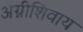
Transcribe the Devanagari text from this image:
अग्नीशिवाय